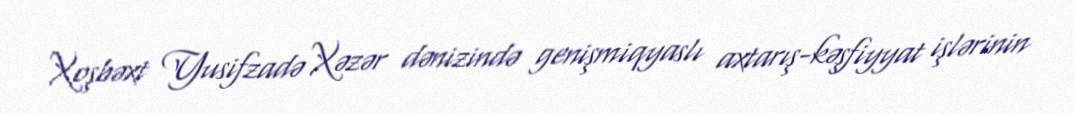
Xoşbəxt Yusifzadə Xəzər dənizində genişmiqyaslı axtarış-kəşfiyyat işlərinin